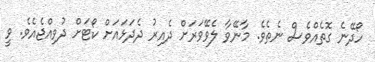
ހޯދޭނެ ގޮތެއްވެސް ނެތެވެ. މާނޭވާ ލެވޭވަރަށް ދެއިރު ދެދަޅައަށް ކޯޓަށް ދުވިއްޖެއެވެ. ވީ